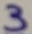
Text: 3